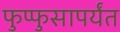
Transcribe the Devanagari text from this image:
फुप्फुसापर्यंत